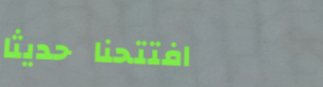
افتتحنا حديثاً